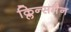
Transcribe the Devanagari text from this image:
क्लिन्समैन